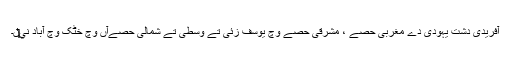
آفریدی دشت یہودی دے مغربی حصے ، مشرقی حصے وچ یوسف زئی تے وسطی تے شمالی حصےآں وچ خٹک وچ آباد ني‏‏‏‏ں۔